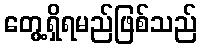
တွေ့ရှိရမည်ဖြစ်သည်